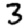
Digit: 3